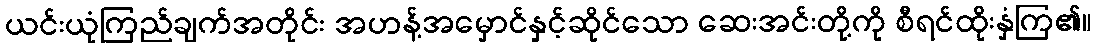
ယင်းယုံကြည်ချက်အတိုင်း အဟန့်အမှောင်နှင့်ဆိုင်သော ဆေးအင်းတို့ကို စီရင်ထိုးနှံကြ၏။